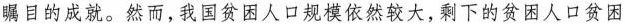
瞩目的成就。然而，我国贫困人口规模依然较大，剩下的贫困人口贫困